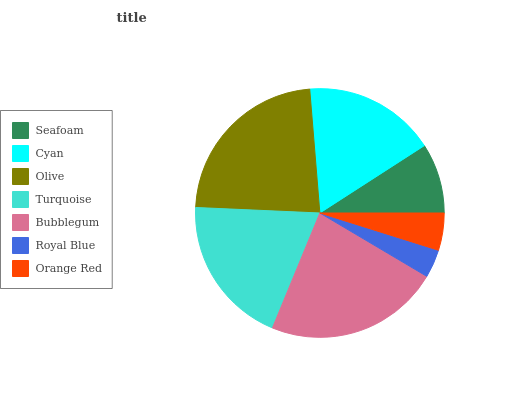
| Seafoam | Cyan | Olive | Turquoise | Bubblegum | Royal Blue | Orange Red |
 | --- | --- | --- | --- | --- | --- | --- |
 | 9.11% | 17.2% | 23.1% | 19.4% | 22.7% | 3.67% | 4.83% |